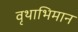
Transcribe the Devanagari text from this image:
वृथाभिमान